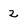
Character: 2